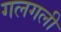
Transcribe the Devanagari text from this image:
गलगली